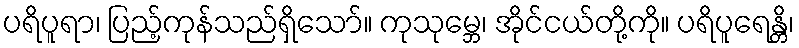
ပရိပူရာ၊ ပြည့်ကုန်သည်ရှိသော်။ ကုသုမ္ဘေ၊ အိုင်ငယ်တို့ကို။ ပရိပူရေန္တိ၊